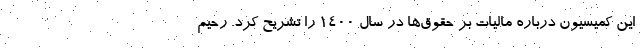
این کمیسیون درباره مالیات بر حقوق‌ها در سال ۱۴۰۰ را تشریح کرد. رحیم